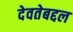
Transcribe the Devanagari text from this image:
देवतेबद्दल